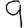
Digit: 9